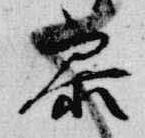
参